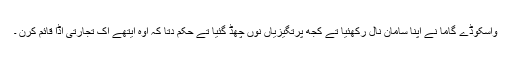
واسکوڈے گاما نے اپنا سامان نال رکھئیا تے کجھ پرتگیزیاں نوں چھڈ گئیا تے حکم دتا کہ اوہ ایتھے اک تجارتی اڈا قائم کرن ۔